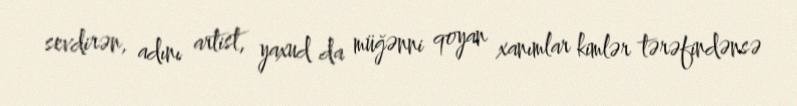
sevdirən, adını artist, yaxud da müğənni qoyan xanımlar kimlər tərəfindənsə